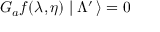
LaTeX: G _ { a } f ( \lambda , \eta ) \mid \Lambda ^ { \prime } \, \rangle = 0